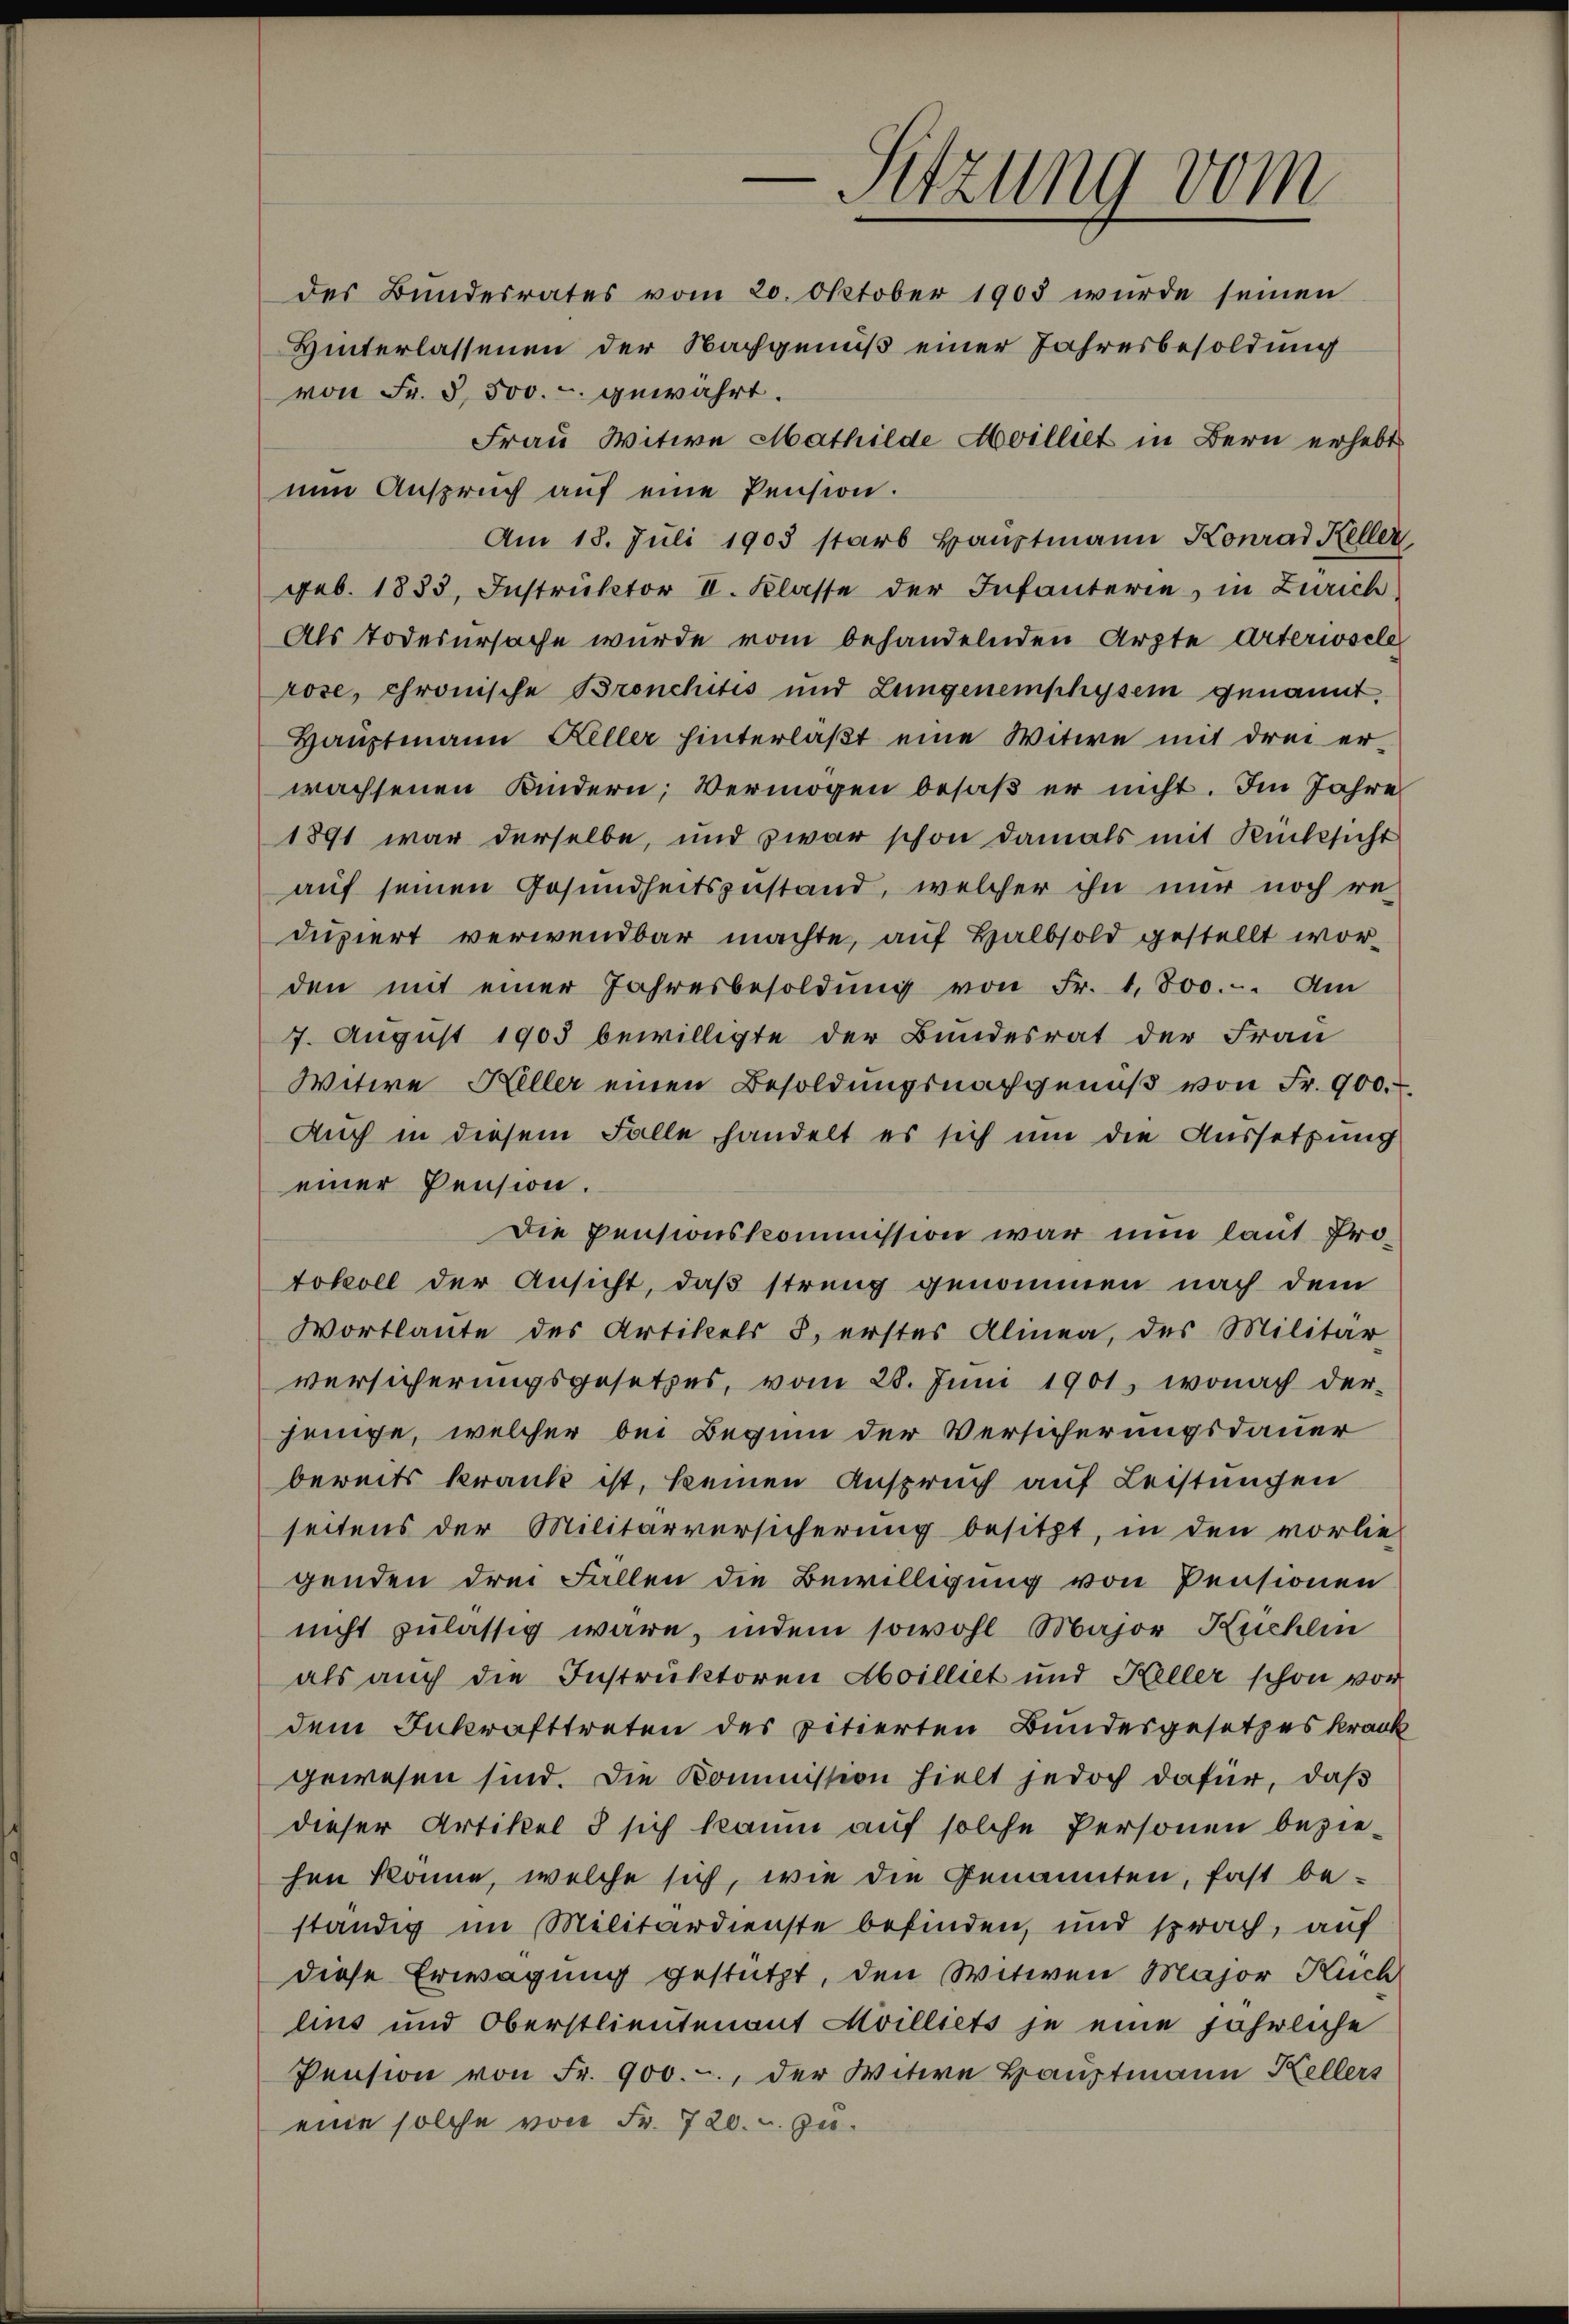
Sitzung vom
.

des Bundesrates vom 20. Oktober 1903 wurde seinen
Hinterlassenen der Nachgenuß einer Jahresbesoldung
von Fr. 3, 500.- gewährt.
Frau Witwe Mathilde Milliet in Bern erhebt
nun Anspruch auf eine Pension.
Am 18. Juli 1903 starb Hauptmann Konrad Keller
geb. 1883, Instruktor II. Klasse der Infanterie, in Zürich,
Als Todesursache wurde vom behandelnden Arzte Arterisele
rose, chronische Bronchitis und Lungenemphysem genannt,
Haŭptmann Keller hinterlaβt eine Witwe mit drei er-
wachsenen Kindern, Vermögen besaß er nicht. Im Jahre
1891 war derselbe, und zwar schon damals mit Rücksicht
auf seinen Gesundheitszustand, welcher ihn nur noch re
dupiert verwendbar machte, auf Halbsold gestellt worden mit einer Jahresbesoldŭng von Fr. 1800.-. Am
7. August 1903 bewilligte der Bundesrat der Frau
Witwe Heller einen Besoldungsnachgenuß von Fr. 900.
Auch in diesem Falle handelt es sich um die Aussetzung
einer Pension.
Die pensionskommission war nun laut Protokoll der Ansicht, daß streng genommen nach dem
Wortlaute des Artikels 8. erstes Alinea, des Militär-
versicherungsgesetzes, vom 28. Juni 1901, wonach der-
jenige, welcher bei Beginn der Versicherungsdauer
bereits krank ist, keinen Anspruch auf Leistungen
seitens der Militärversicherung besitzt, in den vorlie-
genden drei Fallen die Bewilligung von Pensionen
nicht zulässig wäre, indem sowohl Major Kuchlin
als auch die Instruktoren Aboilliet und Keller schon vor
dem Inkrafttreten des zitierten Bundesgesetzes krank
gewesen sind. Die Kommission hielt jedoch dafür, daß
dieser Artikel 3 sich kaum auf solche Personen beziehen könne, welche sich, wie die Genannten, fast beständig im Militärdienste befinden, und sprach, auf
diese Erwägung gestützt, den Witwen Major Kuch
lius und Oberstlieutenant Milliets je eine jährliche
Pension von Fr. 900.-, der Witwe Hauptmann Kellers
eine solche von Fr. 720. u. zu¬